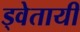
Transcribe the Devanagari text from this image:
ड्वेतायी